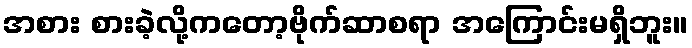
အစား စားခဲ့လို့ကတော့ဗိုက်ဆာစရာ အကြောင်းမရှိဘူး။